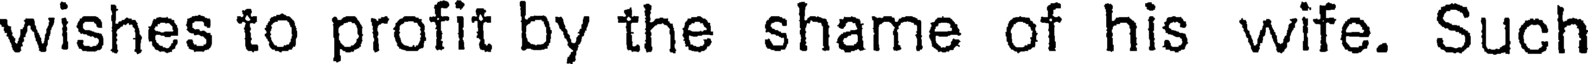
wishes to profit by the shame of his wife. Such